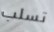
تسلب